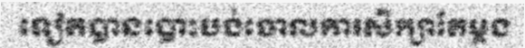
ទៀតបានបោះបង់ចោលការសិក្សាតែម្តង